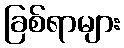
ခြစ်ရာများ